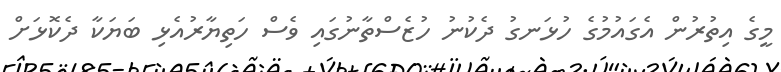
މީގެ އިތުރުން އެގައުމުގެ ހުޅަނގު ދެކުނު ހުޒެސްތާނުގައި ވެސް ހަތިޔާރުއެޅި ބަޔަކާ ދެކޮޅަށް